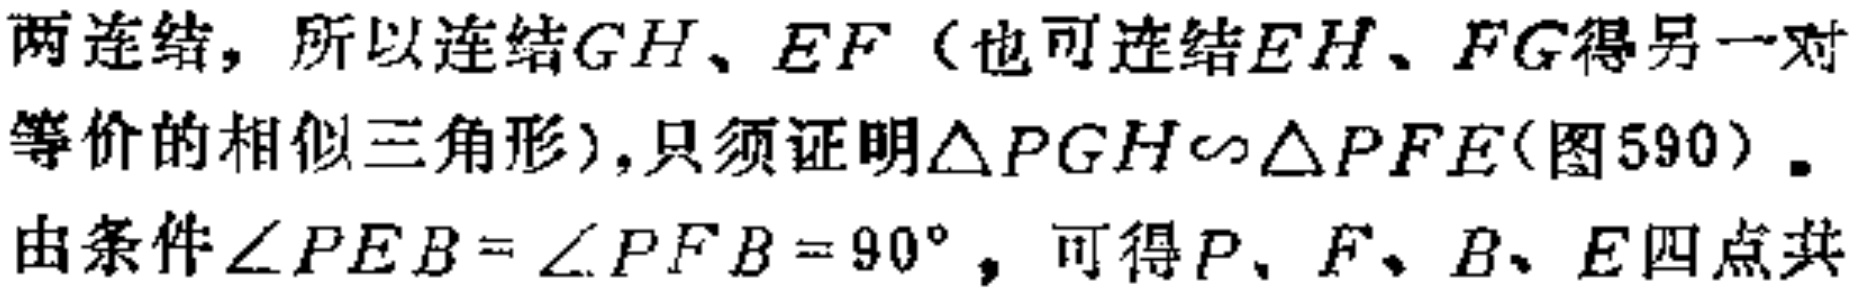
两连结，所以连结\(GH\)、\(EF\)（也可连结\(EH\)、\(FG\)得另一对等价的相似三角形），只须证明\(\triangle PGH\sim\triangle PFE\)(图590)。
由条件\(\angle PEB = \angle PFB = 90^{\circ}\)，可得\(P\)、\(F\)、\(B\)、\(E\)四点共